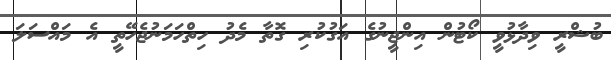
ބުޝްރީ ވިދާޅުވީ ކޯޓުން އިންޖީނުގެ އަގުކުރި ގޮތާ މެދު ހިތްހަމަނުޖެހޭތީ އެ މައްސަލަ